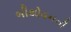
બીથોવનની